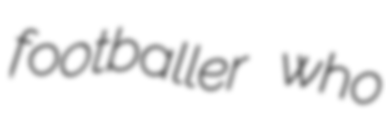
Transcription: footballer who